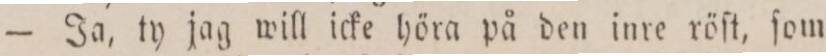
— Ja, ty jag will icke höra på den inre röſt, ſom